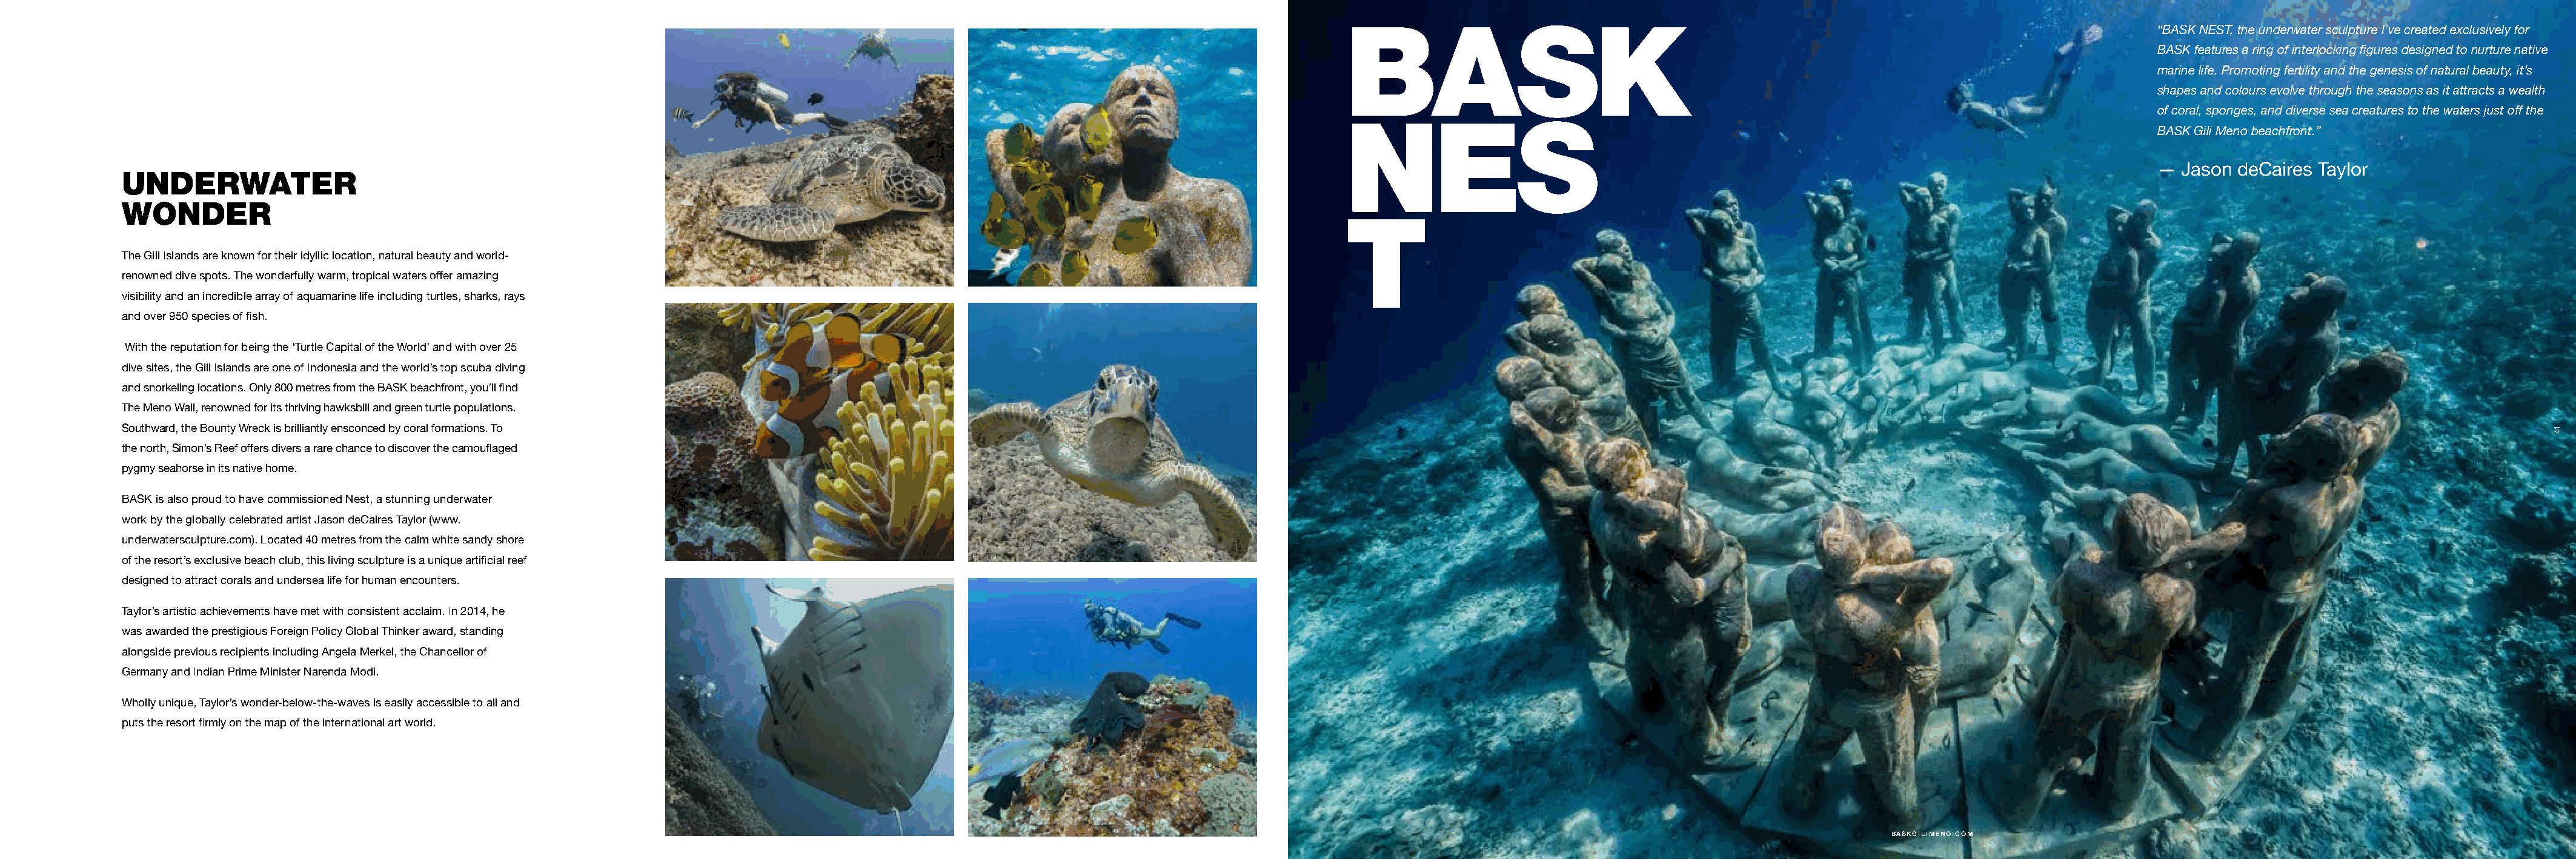
BASK
 “BASK NEST, the underwater sculpture I’ve created exclusively for
 BASK features a ring of interlocking figures designed to nurture native
 marine life. Promoting fertility and the genesis of natural beauty, it’s
 shapes and colours evolve through the seasons as it attracts a wealth
 of coral, sponges, and diverse sea creatures to the waters just off the
 NES
 BASK Gili Meno beachfront.”
 — Jason  deCaires Taylor
 UNDERWATER
 WONDER
 T
 The Gili Islands are known for their idyllic location, natural beauty and world-
 renowned dive spots. The wonderfully warm, tropical waters offer amazing
 visibility and an incredible array of aquamarine life including turtles, sharks, rays
 and over 950 species of fish.
 With the reputation for being the ‘Turtle Capital of the World’ and with over 25
 dive sites, the Gili Islands are one of Indonesia and the world’s top scuba diving
 and snorkeling locations. Only 800 metres from the BASK beachfront, you’ll find
 The Meno Wall, renowned for its thriving hawksbill and green turtle populations.
 Southward, the Bounty Wreck is brilliantly ensconced by coral formations. To
 the north, Simon’s Reef offers divers a rare chance to discover the camouflaged
 pygmy seahorse in its native home.
 BASK is also proud to have commissioned Nest, a stunning underwater
 work by the globally celebrated artist Jason deCaires Taylor (www.
 underwatersculpture.com). Located 40 metres from the calm white sandy shore
 of the resort’s exclusive beach club, this living sculpture is a unique artificial reef
 designed to attract corals and undersea life for human encounters.
 Taylor’s artistic achievements have met with consistent acclaim. In 2014, he
 was awarded the prestigious Foreign Policy Global Thinker award, standing
 alongside previous recipients including Angela Merkel, the Chancellor of
 Germany and Indian Prime Minister Narenda Modi.
 Wholly unique, Taylor’s wonder-below-the-waves is easily accessible to all and
 puts the resort firmly on the map of the international art world.
 BASKGILIMENO.COM
 14